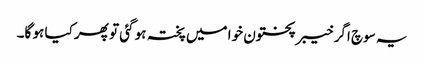
یہ سوچ اگر خیبر پختون خوا میں پختہ ہو گئی تو پھر کیا ہو گا۔